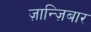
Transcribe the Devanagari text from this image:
ज़ान्ज़िबार